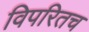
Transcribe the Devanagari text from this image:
विपरितच